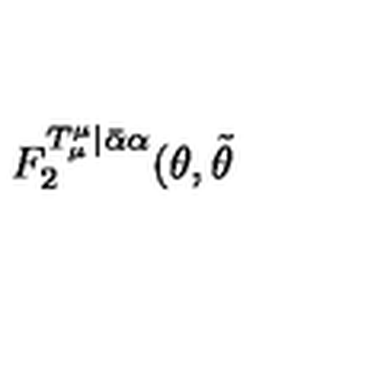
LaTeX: F _ { 2 } ^ { T _ { \mu } ^ { \mu } | \bar { \alpha } \alpha } ( \theta , \tilde { \theta }